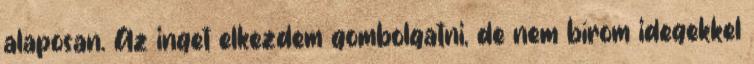
alaposan. Az inget elkezdem gombolgatni, de nem bírom idegekkel